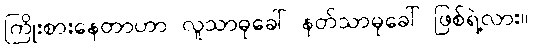
ကြိုးစားနေတာဟာ လူသာဓုခေါ် နတ်သာဓုခေါ် ဖြစ်ရဲ့လား။